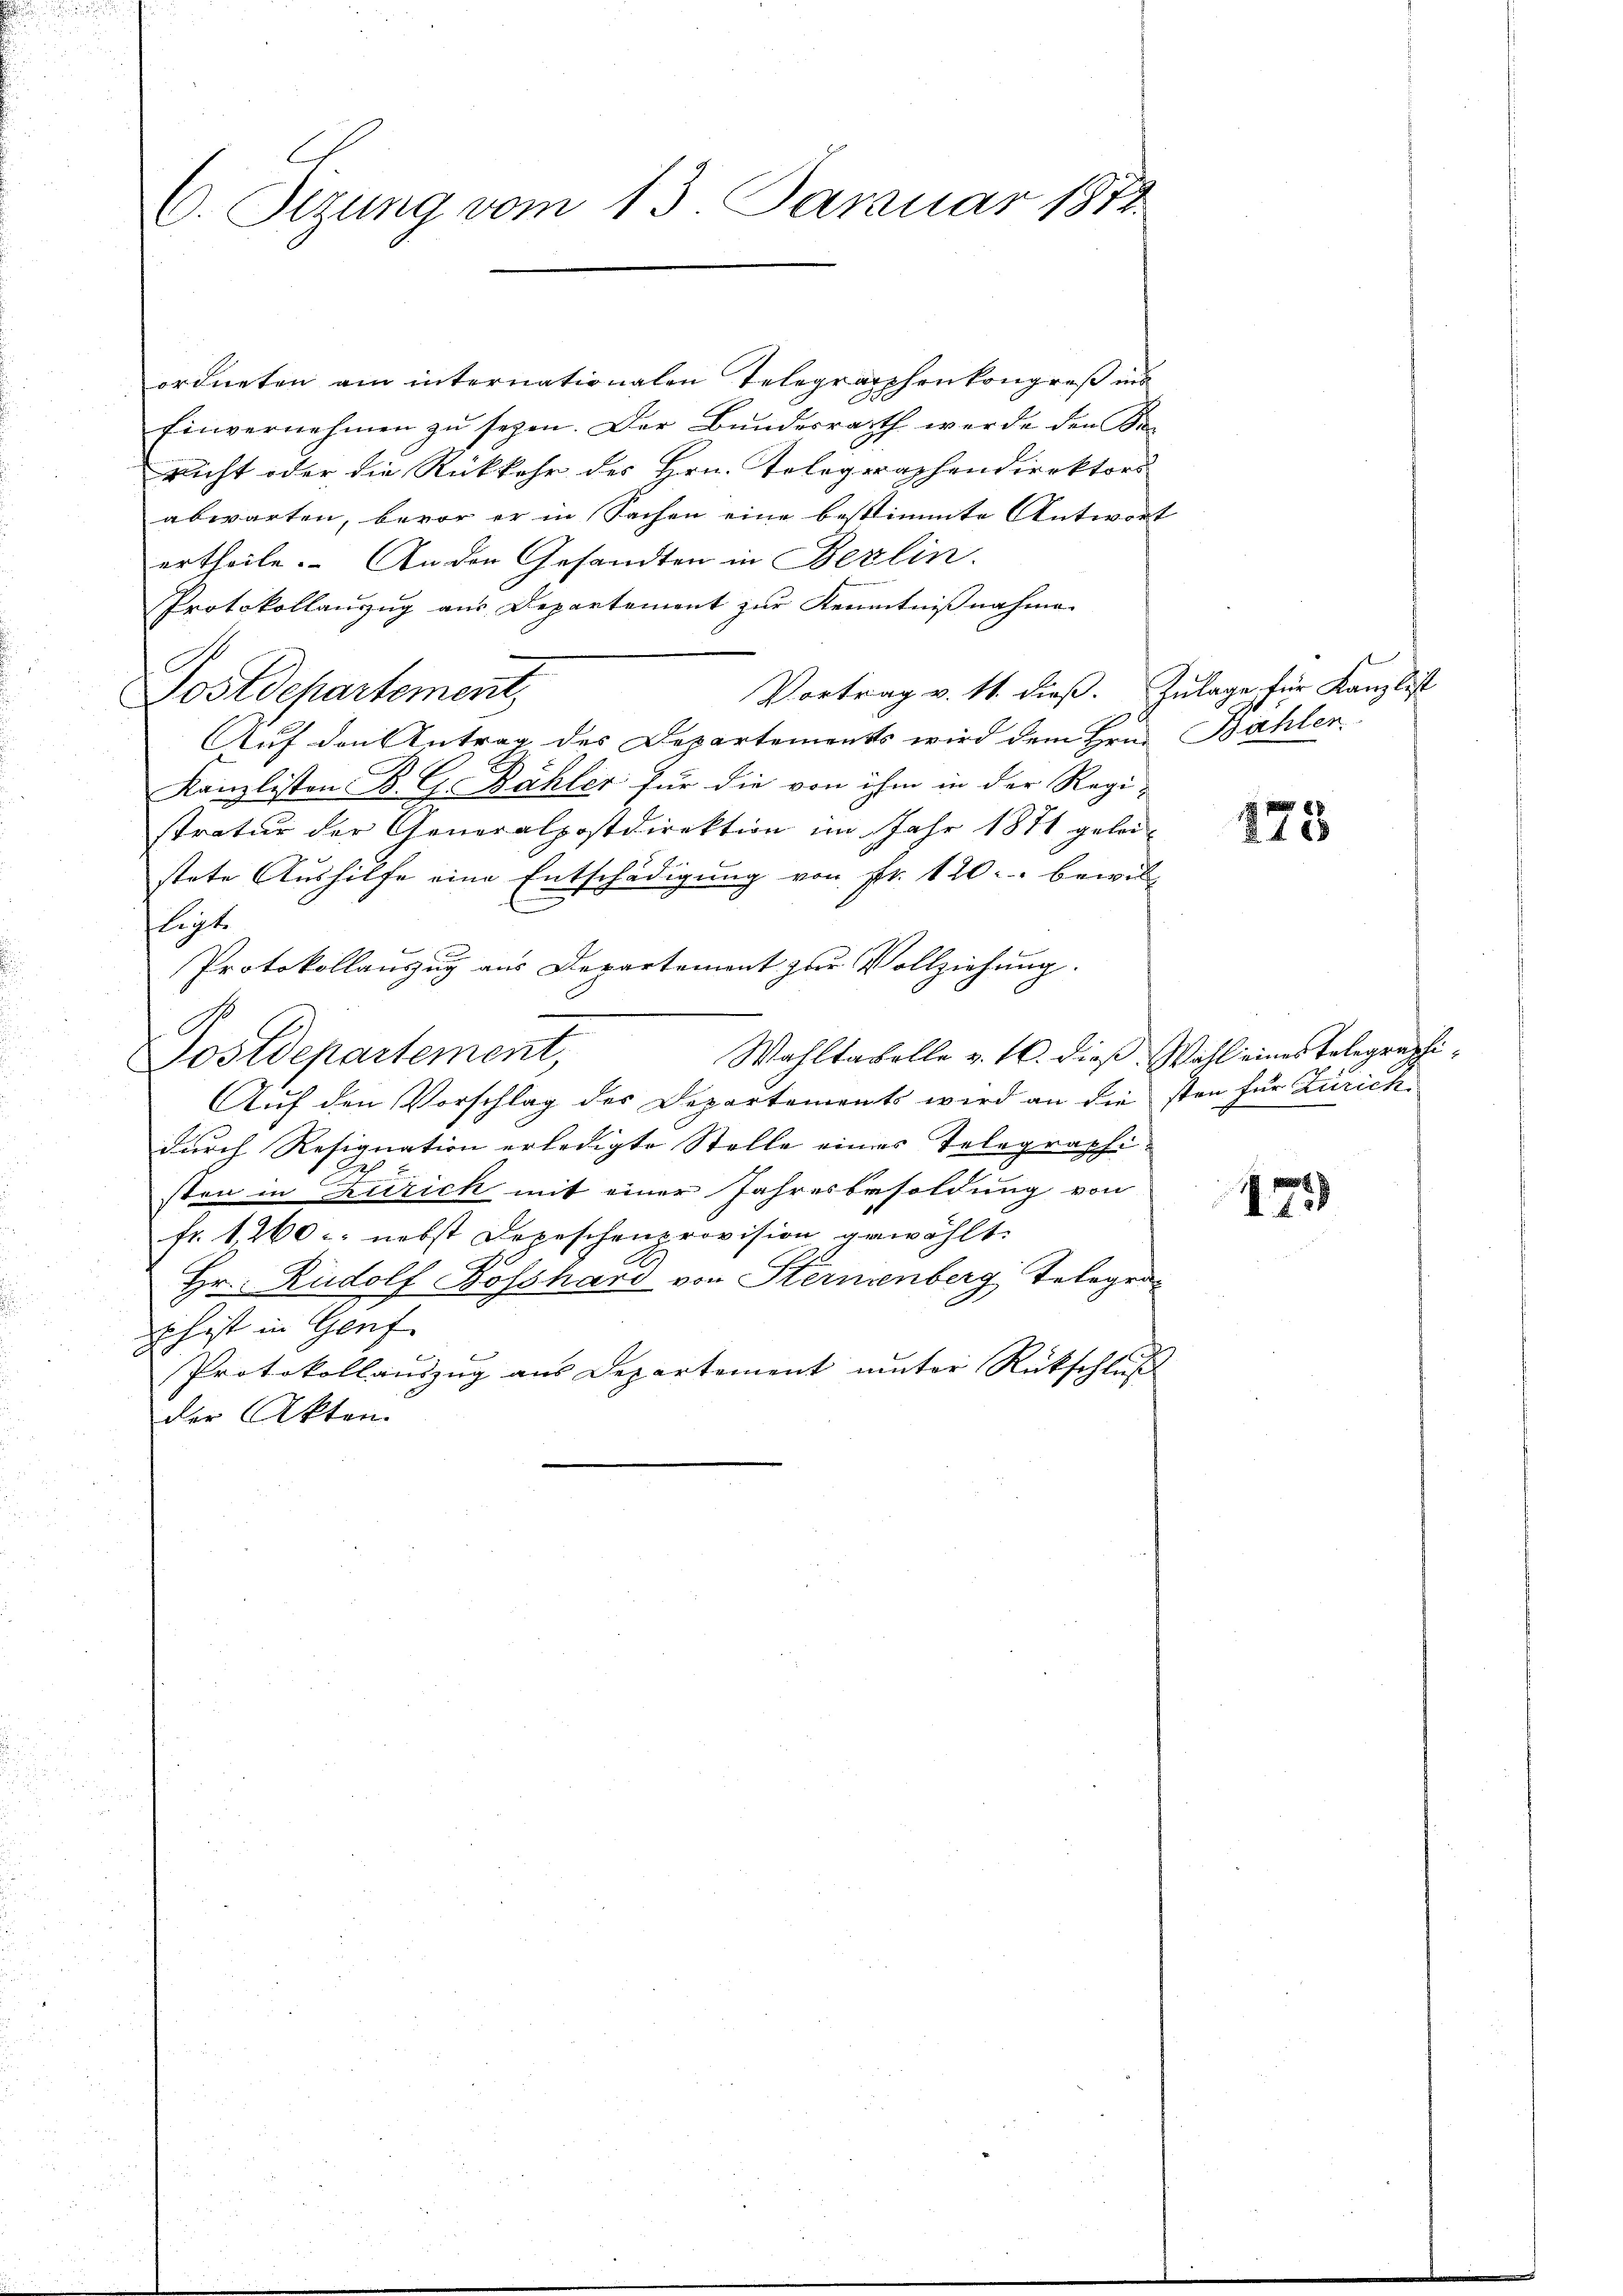
V. Sezung vom 13. Januar 1871.

ordneten am internationalen Telegraphenkongreß und
Einvernehmen zŭ sezen. Der Bŭndesrath werde den Si
Nicht oder die Rückkehr des Hrn. Telegraphendirektors
abwarten, bevor er in Sachen eine bestimmte Antwort
ertheile. Anden Gesandten in Berlin.
Protokollanzug aus Departement zur Kenntnißnahme
Vortrag v. 11. dieß. Zulage für Kanzlist
Postdepartement,
Auf den Antrag des Departements wird dem Hrn. Bählen
Kanzlisten. B. G. Bähler für die von ihm in der Regi-
stratur der Generalpostdirektion im Jahr 1871 geleistete Aushilfe eine Entschädigung von fr. 120. bewil-
C
flegt.
x
Protokollauszug aus Departement zur Vollziehung.
.
G.
Wahltabelle v. 16. dieß. Wahl eines Telegraphi¬
Tostdepartement,
Auf den Vorschlag des Departements wird an die sten für Zürich
durch Resignation erledigte Stelle eines Telegraphi-
sten in Zürich mit einer Jahresbesoldung von
fr. 1260 - nebst Depeschenprovision gewählt.
Hr. Rudolf Bosshard von Sternenberg, Telegra¬
Ehist in Genf.
Protokollaŭszŭg ans Departement unter Rückschlŭβ
der Akten.

273

175